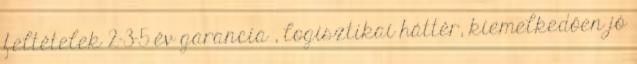
feltételek 2-3-5 év garancia , logisztikai háttér, kiemelkedően jó